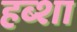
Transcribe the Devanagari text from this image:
हब्शा